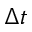
\Delta t